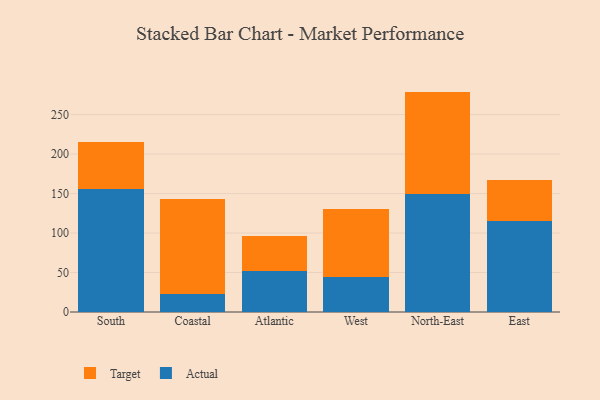
{"axis": {"x": "Region", "y": "Tickets Resolved"}, "legend": ["Actual", "Target"], "data": [{"x": "South", "y": 155.3, "type": "Actual"}, {"x": "South", "y": 60.5, "type": "Target"}, {"x": "Coastal", "y": 22.7, "type": "Actual"}, {"x": "Coastal", "y": 119.9, "type": "Target"}, {"x": "Atlantic", "y": 51.9, "type": "Actual"}, {"x": "Atlantic", "y": 44.5, "type": "Target"}, {"x": "West", "y": 44.5, "type": "Actual"}, {"x": "West", "y": 85.8, "type": "Target"}, {"x": "North-East", "y": 149.1, "type": "Actual"}, {"x": "North-East", "y": 130.0, "type": "Target"}, {"x": "East", "y": 115.6, "type": "Actual"}, {"x": "East", "y": 51.0, "type": "Target"}]}